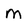
Character: m